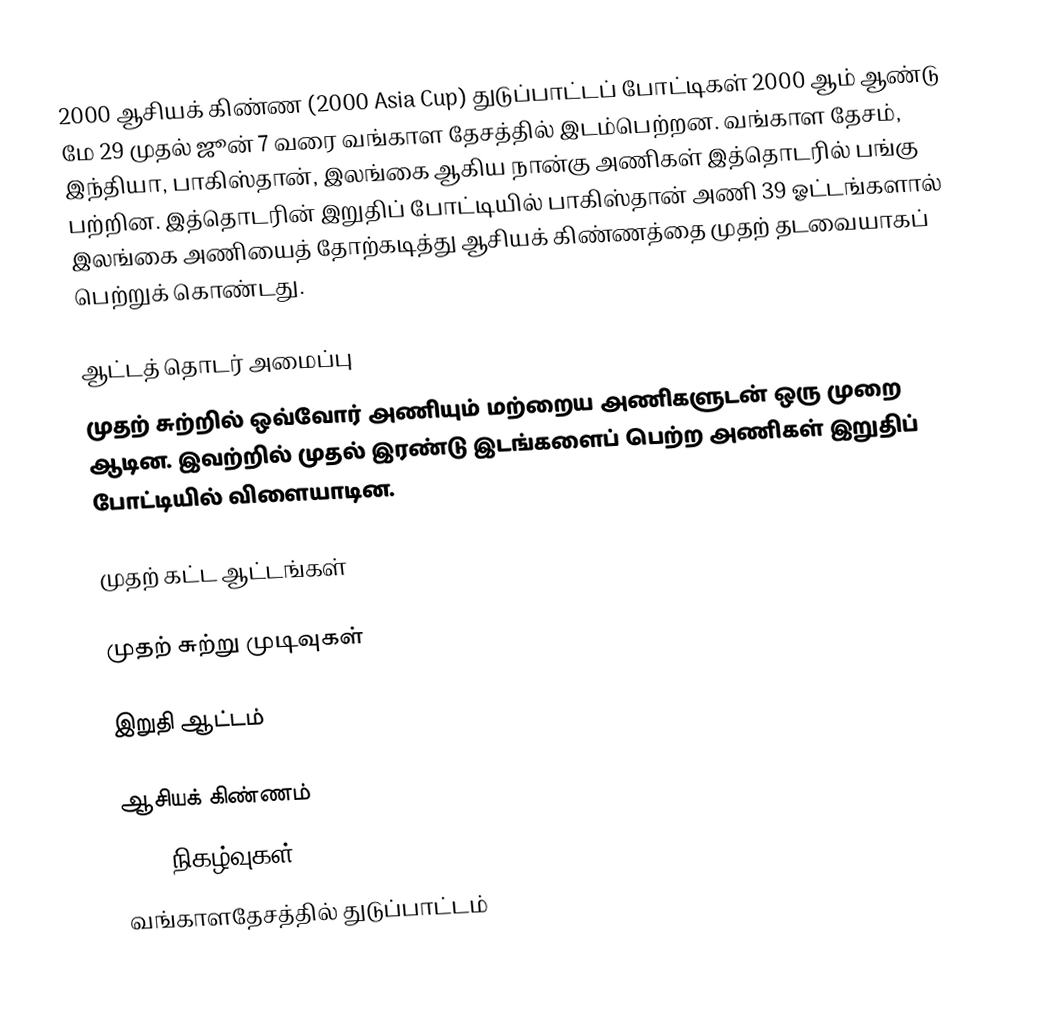
2000 ஆசியக் கிண்ண (2000 Asia Cup) துடுப்பாட்டப் போட்டிகள் 2000 ஆம் ஆண்டு மே 29 முதல் ஜூன் 7 வரை வங்காள தேசத்தில் இடம்பெற்றன. வங்காள தேசம், இந்தியா, பாகிஸ்தான், இலங்கை ஆகிய நான்கு அணிகள் இத்தொடரில் பங்கு பற்றின. இத்தொடரின் இறுதிப் போட்டியில் பாகிஸ்தான் அணி 39 ஓட்டங்களால் இலங்கை அணியைத் தோற்கடித்து ஆசியக் கிண்ணத்தை முதற் தடவையாகப் பெற்றுக் கொண்டது.

ஆட்டத் தொடர் அமைப்பு
முதற் சுற்றில் ஒவ்வோர் அணியும் மற்றைய அணிகளுடன் ஒரு முறை ஆடின. இவற்றில் முதல் இரண்டு இடங்களைப் பெற்ற அணிகள் இறுதிப் போட்டியில் விளையாடின.

முதற் கட்ட ஆட்டங்கள்

முதற் சுற்று முடிவுகள்

இறுதி ஆட்டம்

ஆசியக் கிண்ணம்
2000 நிகழ்வுகள்
வங்காளதேசத்தில் துடுப்பாட்டம்